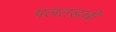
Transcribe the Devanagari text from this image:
पलतडचो